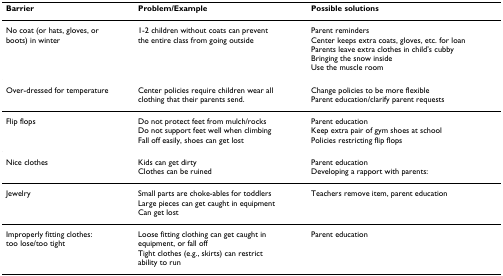
| Barrier | Problem/Example | Possible solutions |
 | --- | --- | --- |
 | No coat (or hats, gloves, orboots) in winter | 1-2 children without coats can preventthe entire class from going outside | Parent remindersCenter keeps extra coats, gloves, etc. for loanParents leave extra clothes in child's cubbyBringing the snow insideUse the muscle room |
 | Over-dressed for temperature | Center policies require children wear allclothing that their parents send. | Change policies to be more flexibleParent education/clarify parent requests |
 | Flip flops | Do not protect feet from mulch/rocksDo not support feet well when climbingFall off easily, shoes can get lost | Parent educationKeep extra pair of gym shoes at schoolPolicies restricting flip flops |
 | Nice clothes | Kids can get dirtyClothes can be ruined | Parent educationDeveloping a rapport with parents: |
 | Jewelry | Small parts are choke-ables for toddlersLarge pieces can get caught in equipmentCan get lost | Teachers remove item, parent education |
 | Improperly fitting clothes:too lose/too tight | Loose fitting clothing can get caught inequipment, or fall offTight clothes (e.g., skirts) can restrictability to run | Parent education |